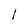
Character: l